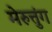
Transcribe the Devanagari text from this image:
मेरुत्तुंग